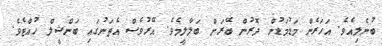
ބުނެލިއެވެ. އަހަރެން މަޑުމަޑުން ދޮރުން ބޭރަށް ބަލާލީމެވެ. އޭރުވެސް އެތަނުގައި ބަންޝީލް ހުއްޓެވެ.